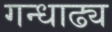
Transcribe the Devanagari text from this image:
गन्धाढ्य